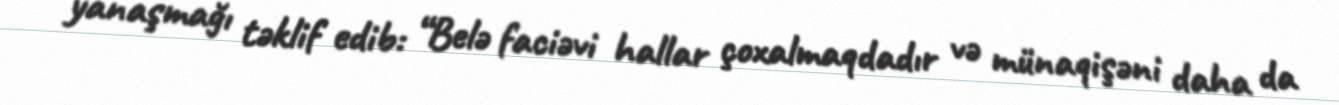
yanaşmağı təklif edib: “Belə faciəvi hallar çoxalmaqdadır və münaqişəni daha da